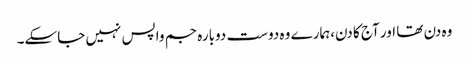
وہ دن تھا اور آج کا دن،ہمارے وہ دوست دوبارہ جم واپس نہیں جاسکے۔